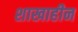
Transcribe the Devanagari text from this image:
शाखाहीन